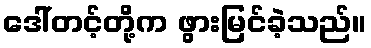
ဒေါ်တင့်တို့က ဖွားမြင်ခဲ့သည်။